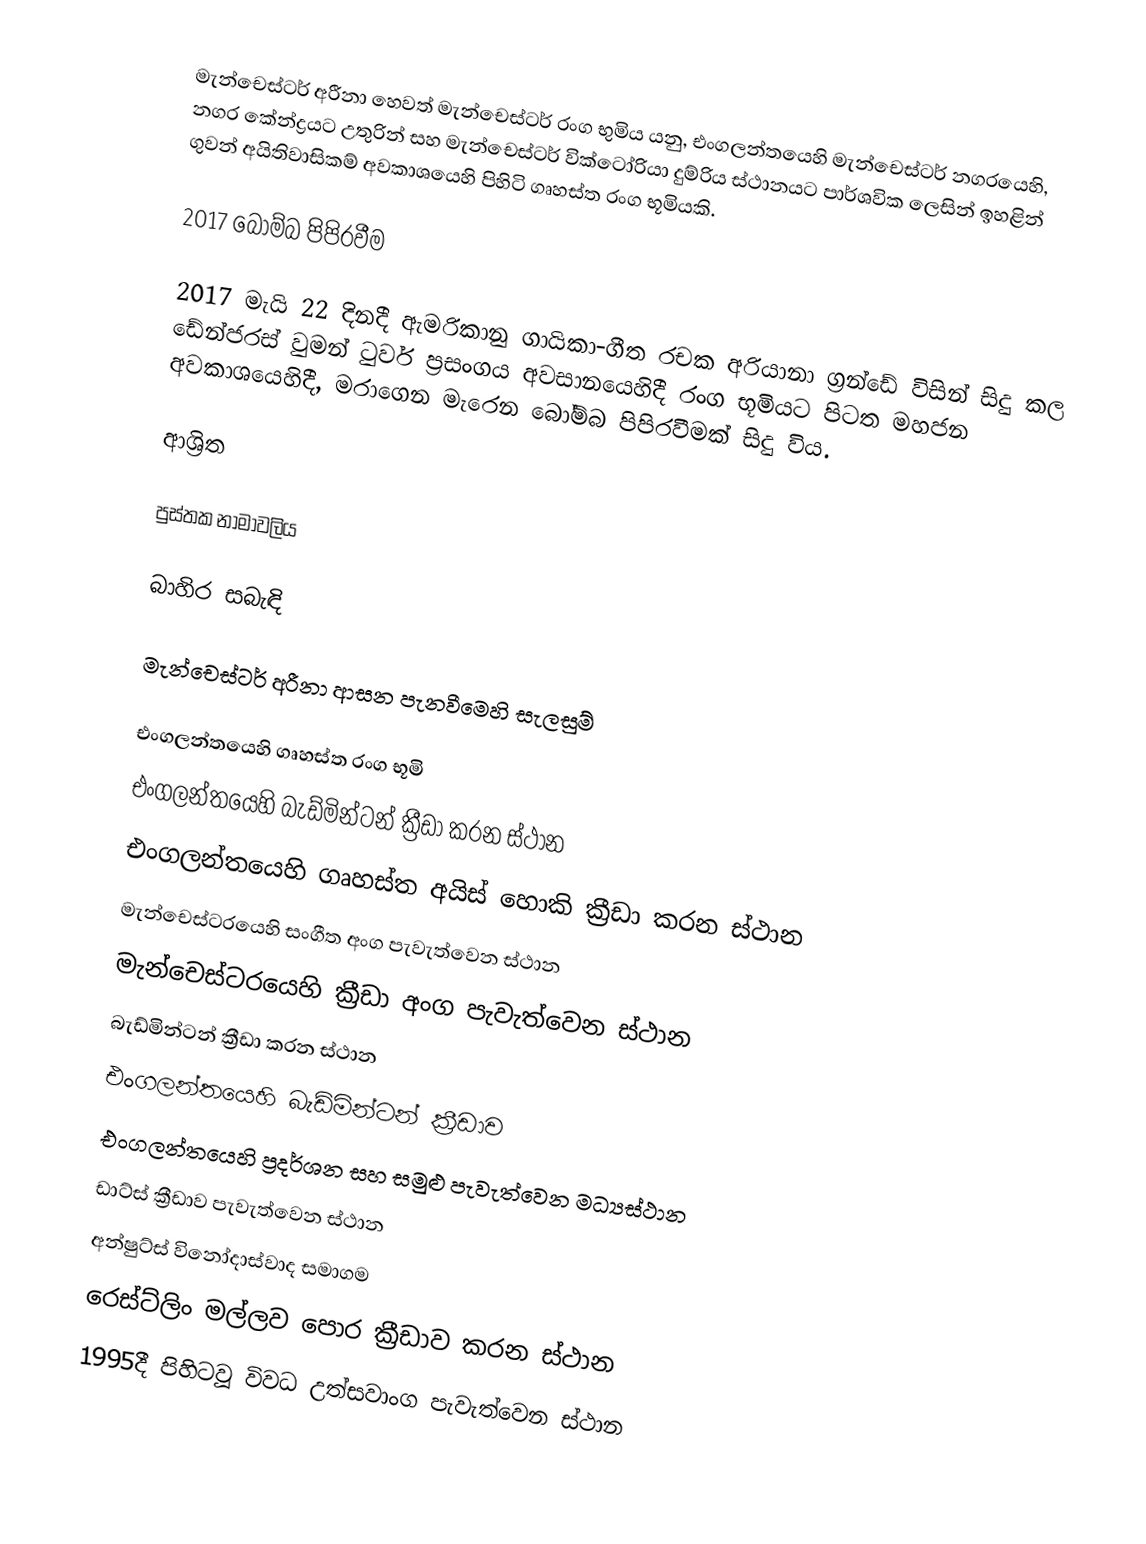
මැන්චෙස්ටර් අරීනා හෙවත් මැන්චෙස්ටර් රංග භුමිය යනු,  එංගලන්තයෙහි මැන්චෙස්ටර් නගරයෙහි, නගර කේන්ද්‍රයට උතුරින් සහ මැන්චෙස්ටර් වික්ටෝරියා දුම්රිය ස්ථානයට පාර්ශවික ලෙසින් ඉහළින් ගුවන් අයිතිවාසිකම් අවකාශයෙහි පිහිටි ගෘහස්ත රංග භූමියකි.

2017 බෝම්බ පිපිරවීම

2017 මැයි 22 දිනදී ඇමරිකානු ගායිකා-ගීත රචක අරියානා ග්‍රන්ඩේ විසින් සිදු කල  ඩේන්ජරස් වුමන් ටුවර්  ප්‍රසංගය අවසානයෙහිදී රංග භූමියට පිටත මහජන අවකාශයෙහිදී, මරාගෙන මැරෙන බෝම්බ පිපිරවීමක් සිදු විය.

ආශ්‍රිත

පුස්තක නාමාවලිය

බාහිර සබැඳි

මැන්චෙස්ටර් අරීනා  ආසන පැනවීමෙහි සැලසුම්

එංගලන්තයෙහි ගෘහස්ත රංග භූමි
එංගලන්තයෙහි බැඩ්මින්ටන් ක්‍රීඩා කරන ස්ථාන
එංගලන්තයෙහි ගෘහස්ත අයිස් හොකි ක්‍රීඩා කරන ස්ථාන
මැන්චෙස්ටරයෙහි සංගීත අංග පැවැත්වෙන ස්ථාන
 මැන්චෙස්ටරයෙහි ක්‍රීඩා අංග පැවැත්වෙන ස්ථාන
 බැඩ්මින්ටන් ක්‍රීඩා කරන ස්ථාන
එංගලන්තයෙහි බැඩ්මින්ටන් ක්‍රීඩාව
එංගලන්තයෙහි ප්‍රදර්ශන සහ සමුළු පැවැත්වෙන මධ්‍යස්ථාන
ඩාට්ස් ක්‍රීඩාව පැවැත්වෙන ස්ථාන
අන්ෂුට්ස් විනෝදාස්වාද  සමාගම
රෙස්ට්ලිං මල්ලව පොර ක්‍රීඩාව කරන ස්ථාන
 1995දී පිහිටවූ විවධ උත්සවාංග පැවැත්වෙන ස්ථාන